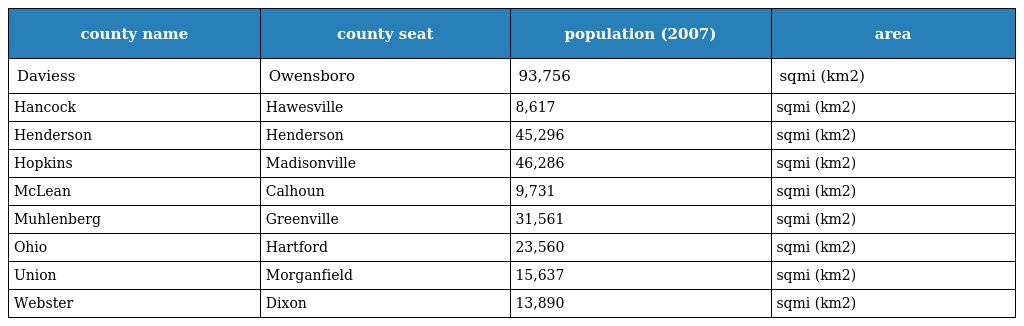
| county name | county seat | population (2007) | area |
 | --- | --- | --- | --- |
 | Daviess | Owensboro | 93,756 | sqmi (km2) |
 | Hancock | Hawesville | 8,617 | sqmi (km2) |
 | Henderson | Henderson | 45,296 | sqmi (km2) |
 | Hopkins | Madisonville | 46,286 | sqmi (km2) |
 | McLean | Calhoun | 9,731 | sqmi (km2) |
 | Muhlenberg | Greenville | 31,561 | sqmi (km2) |
 | Ohio | Hartford | 23,560 | sqmi (km2) |
 | Union | Morganfield | 15,637 | sqmi (km2) |
 | Webster | Dixon | 13,890 | sqmi (km2) |